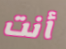
أنت